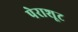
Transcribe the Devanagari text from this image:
पेराशूट